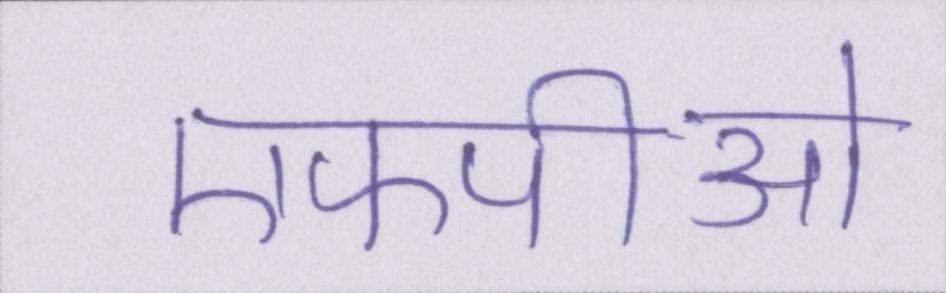
एफपीओ